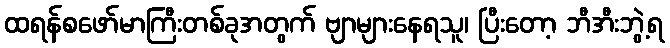
ထရန်စဖော်မာကြီးတစ်ခုအတွက် ဗျာများနေရသူ၊ ပြီးတော့ ဘီအီးဘွဲ့ရ